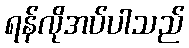
ရန်လိုအပ်ပါသည်